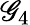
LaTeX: \mathscr{G}_{4}